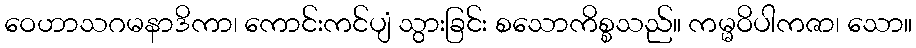
ဝေဟာသဂမနာဒိကာ၊ ကောင်းကင်ပျံ သွားခြင်း စသောကိစ္စသည်။ ကမ္မဝိပါကဇာ၊ သော။